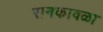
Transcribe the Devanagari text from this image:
रानकावळा